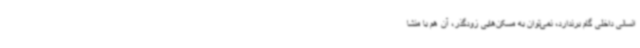
انسانی داخلی گام برندارد، نمی‌توان به مسکن‌هایی زودگذر، آن هم با منشا